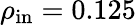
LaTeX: \rho_{\mathrm{in}}=0.125